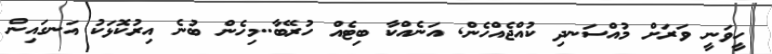
ހީވަނީ ވަރަށް މުއްސަނދި ކުއްޖެއްހެން